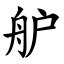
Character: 舮